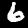
Digit: 6